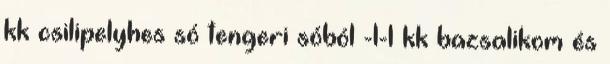
kk csilipelyhes só tengeri sóból -1-1 kk bazsalikom és